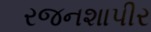
રજનશાપીર